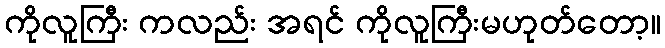
ကိုလူကြီး ကလည်း အရင် ကိုလူကြီးမဟုတ်တော့။